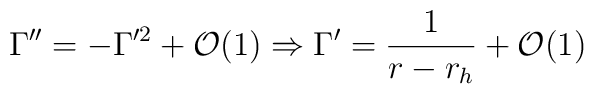
\Gamma''= -\Gamma'^2 + {\cal{O}}(1) \Rightarrow \Gamma'=\frac{1}{r-r_h} + {\cal{O}}(1)